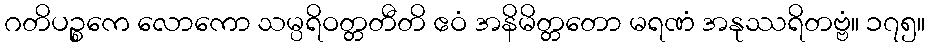
ဂတိပဉ္စကေ လောကော သမ္ပရိဝတ္တတီတိ ဧဝံ အနိမိတ္တတော မရဏံ အနုဿရိတဗ္ဗံ။ ၁၇၅။